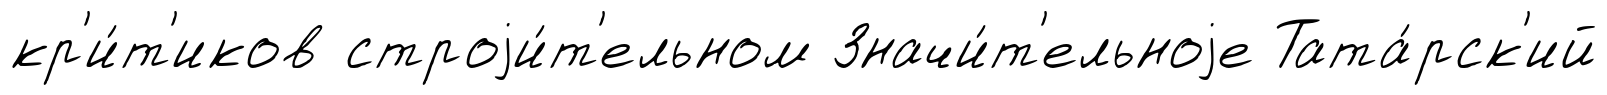
кр'и́т'иков строjи́т'ельном Значи́т'ельноjе Тата́рск'ий